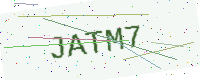
Text: JATM7